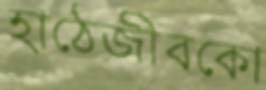
হাঠেজীবকো